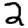
Digit: 2